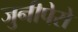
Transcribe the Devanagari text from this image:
जुनीपेरो